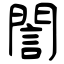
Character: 誾